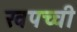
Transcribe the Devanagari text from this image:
खपच्ची